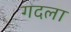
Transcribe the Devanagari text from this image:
गदला